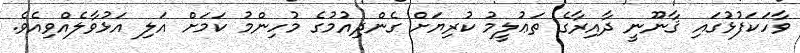
ވާހަކަފުޅުގައި ޤާނޫނީ ދާއިރާގެ ތަޢުލީމު ކުރިޔަށް ގެންދިއުމުގެ މުހިންމު ކަމަށް އަލި އަޅުވާލެއްވިއެވެ.